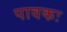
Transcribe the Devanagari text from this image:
पावकः